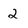
Character: 2